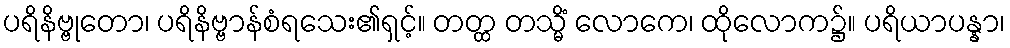
ပရိနိဗ္ဗုတော၊ ပရိနိဗ္ဗာန်စံရသေး၏ရှင့်။ တတ္ထ တသ္မိံ လောကေ၊ ထိုလောက၌။ ပရိယာပန္နာ၊